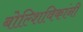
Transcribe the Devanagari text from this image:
बोल्शिविकांनी